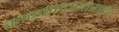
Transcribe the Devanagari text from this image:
काकपादासारखा